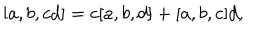
\lbrack a , b , c d ] = c [ a , b , d ] + [ a , b , c ] d ,